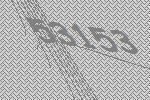
53153